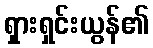
ရှားရှင်းယွန်၏